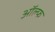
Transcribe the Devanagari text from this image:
ऑल्फ